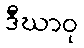
ဒီဃာဝု